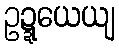
ဥဍ္ဍယေယျ